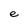
Character: e